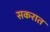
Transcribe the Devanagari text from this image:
सकरात